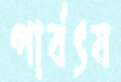
পার্বৎয